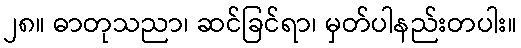
၂၈။ ဓာတုသညာ၊ ဆင်ခြင်ရာ၊ မှတ်ပါနည်းတပါး။